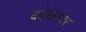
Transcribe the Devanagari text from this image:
कोथेन्जर